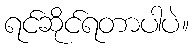
ရင်ဆိုင်ရတာပါပဲ။